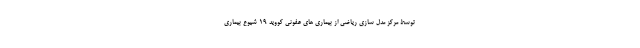
توسط مرکز مدل سازی ریاضی از بیماری های عفونی کووید ۱۹ شیوع بیماری